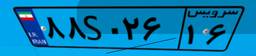
۸۸S۰۲۶۱۶